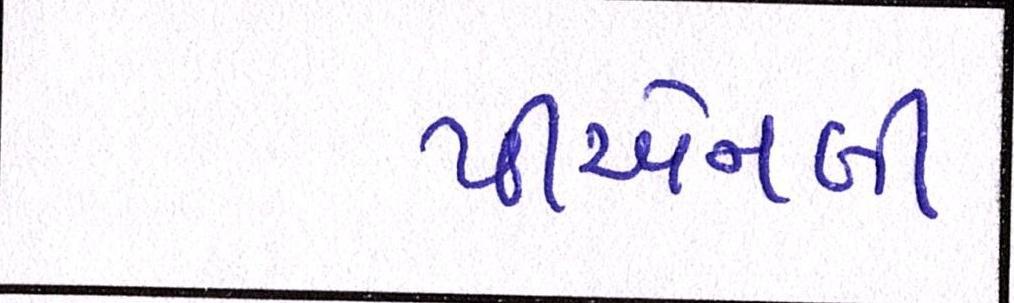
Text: પીએનબી